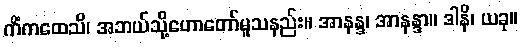
ကိံကထေသိ၊ အဘယ်သို့ဟောတော်မူသနည်း။ အာနန္ဒ၊ အာနန္ဒာ။ ဒါနိ၊ ယခု။